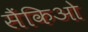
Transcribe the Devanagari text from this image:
सैंकिओ